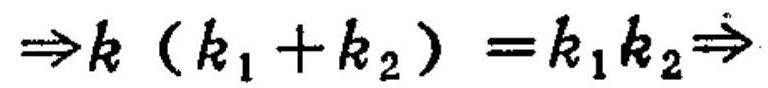
\(\Rightarrow k(k_{1} + k_{2})=k_{1}k_{2}\Rightarrow\)